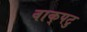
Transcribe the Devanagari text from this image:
वाक्‌पटु